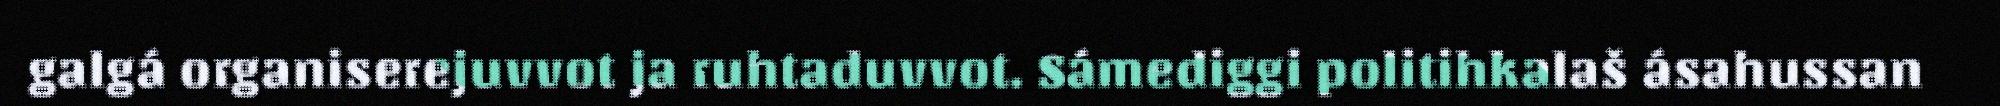
galgá organiserejuvvot ja ruhtaduvvot. Sámediggi politihkalaš ásahussan